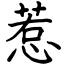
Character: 惹